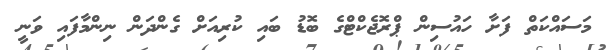
މަސައްކަތް ފަށާ ހައުސިން ޕްރޮޖެކްޓްގެ ބޮޑު ބައި ކުރިއަށް ގެންދަން ނިންމާފައި ވަނީ